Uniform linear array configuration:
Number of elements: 8
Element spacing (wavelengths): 0.25
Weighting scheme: blackman
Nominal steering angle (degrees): -30
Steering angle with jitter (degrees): -28.233
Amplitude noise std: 0.05
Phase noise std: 0.05

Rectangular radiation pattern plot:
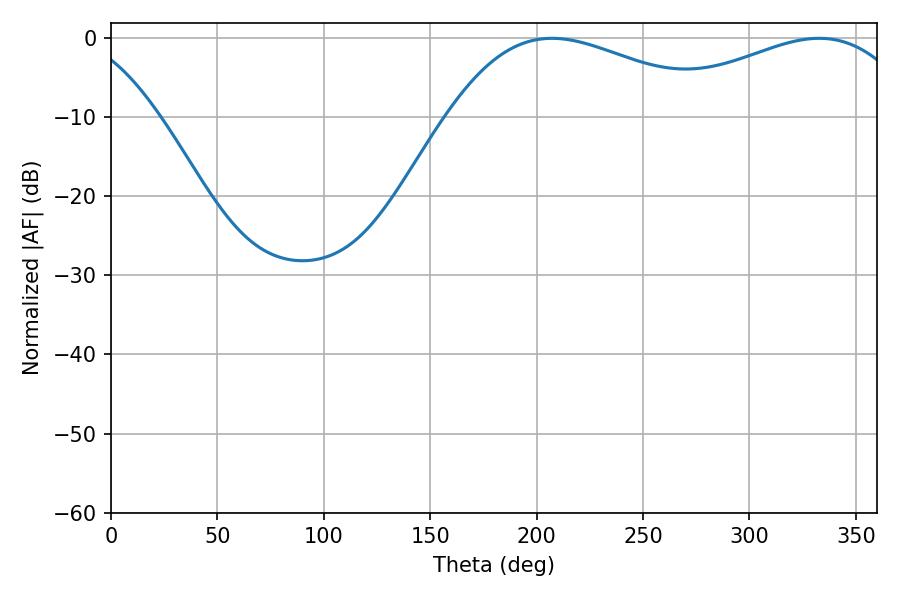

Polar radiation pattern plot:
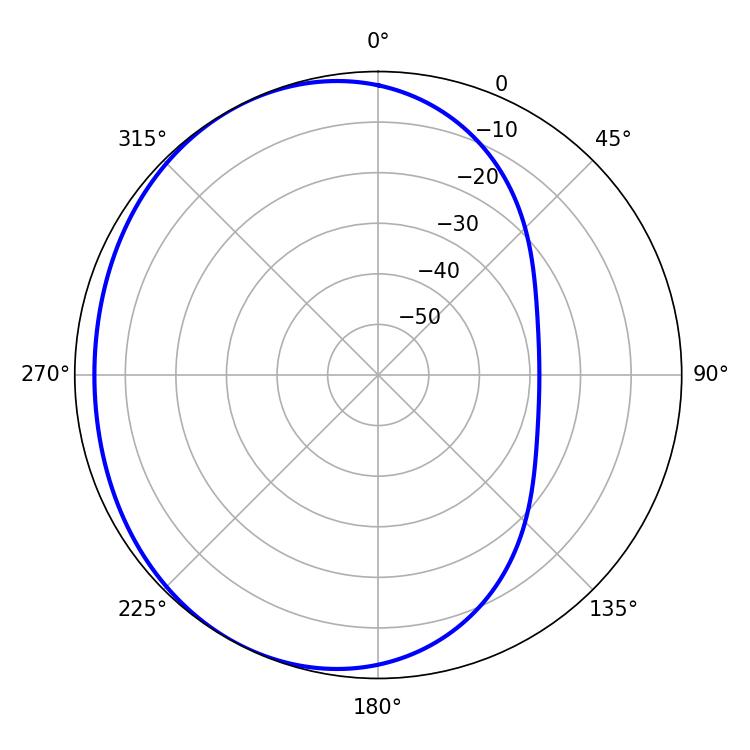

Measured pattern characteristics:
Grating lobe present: FALSE
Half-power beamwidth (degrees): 70.56
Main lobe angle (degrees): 207.18